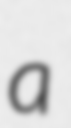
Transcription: a